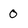
Character: 0